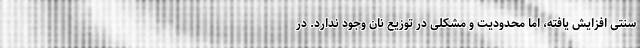
سنتی افزایش یافته، اما محدودیت و مشکلی در توزیع نان وجود ندارد. در